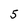
Character: 5